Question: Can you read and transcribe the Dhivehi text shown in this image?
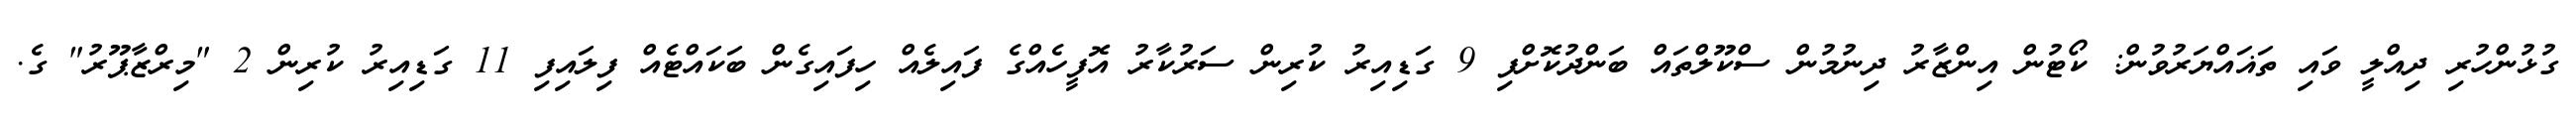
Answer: ގުޅުންހުރި ދިއްލީ ވައި ތަޣައްޔަރުވުން: ކޯޓުން އިންޒާރު ދިނުމުން ސްކޫލްތައް ބަންދުކޮށްފި 9 ގަޑިއިރު ކުރިން ސަރުކާރު އޮފީހެއްގެ ފައިލެއް ހިފައިގެން ބަކައްޓެއް ފިލައިފި 11 ގަޑިއިރު ކުރިން 2 "މިރްޒާޕޫރު" ގެ.